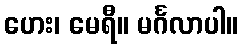
ဟေး၊ မေရီ။ မင်္ဂလာပါ။